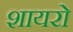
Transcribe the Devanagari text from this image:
शायरो